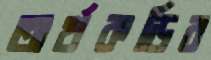
অর্থকড়ির